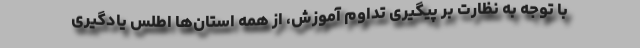
با توجه به نظارت بر پیگیری تداوم آموزش، از همه استان‌ها اطلس یادگیری